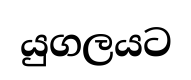
යුගලයට